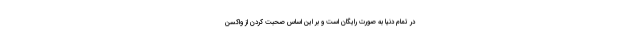
در تمام دنیا به صورت رایگان است و بر این اساس صحبت کردن از واکسن